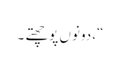
“، دونوں پوچھتے ۔